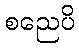
စညေပိ